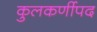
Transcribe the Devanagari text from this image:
कुलकर्णीपद